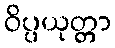
ဝိပ္ပယုတ္တာ